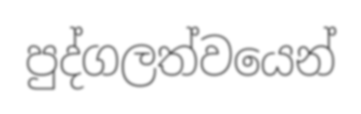
පුද්ගලත්වයෙන්